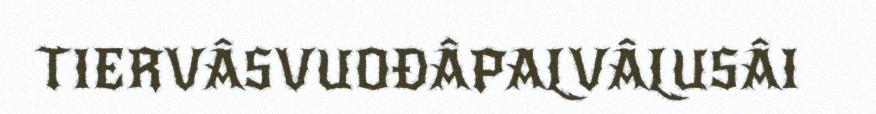
TIERVÂSVUOĐÂPALVÂLUSÂI